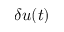
\delta u ( t )